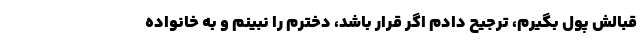
قبالش پول بگیرم، ترجیح دادم اگر قرار باشد، دخترم را نبینم و به خانواده